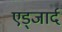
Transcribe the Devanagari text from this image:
एड्जार्द